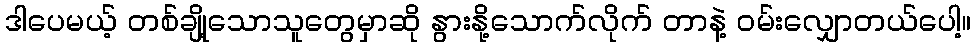
ဒါပေမယ့် တစ်ချို့သောသူတွေမှာဆို နွားနို့သောက်လိုက် တာနဲ့ ဝမ်းလျှောတယ်ပေါ့။